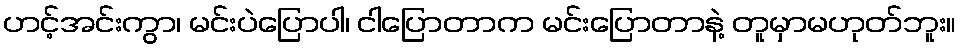
ဟင့်အင်းကွာ၊ မင်းပဲပြောပါ၊ ငါပြောတာက မင်းပြောတာနဲ့ တူမှာမဟုတ်ဘူး။